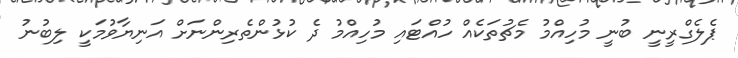
ޕެލެގްރީނީ ބުނީ މުހިއްމު މެޗުތަކެއް ހުއްޓައި މުހިއްމު ދެ ކުޅުންތެރިންނަށް އަނިޔާވުމަކީ ލިބުނު